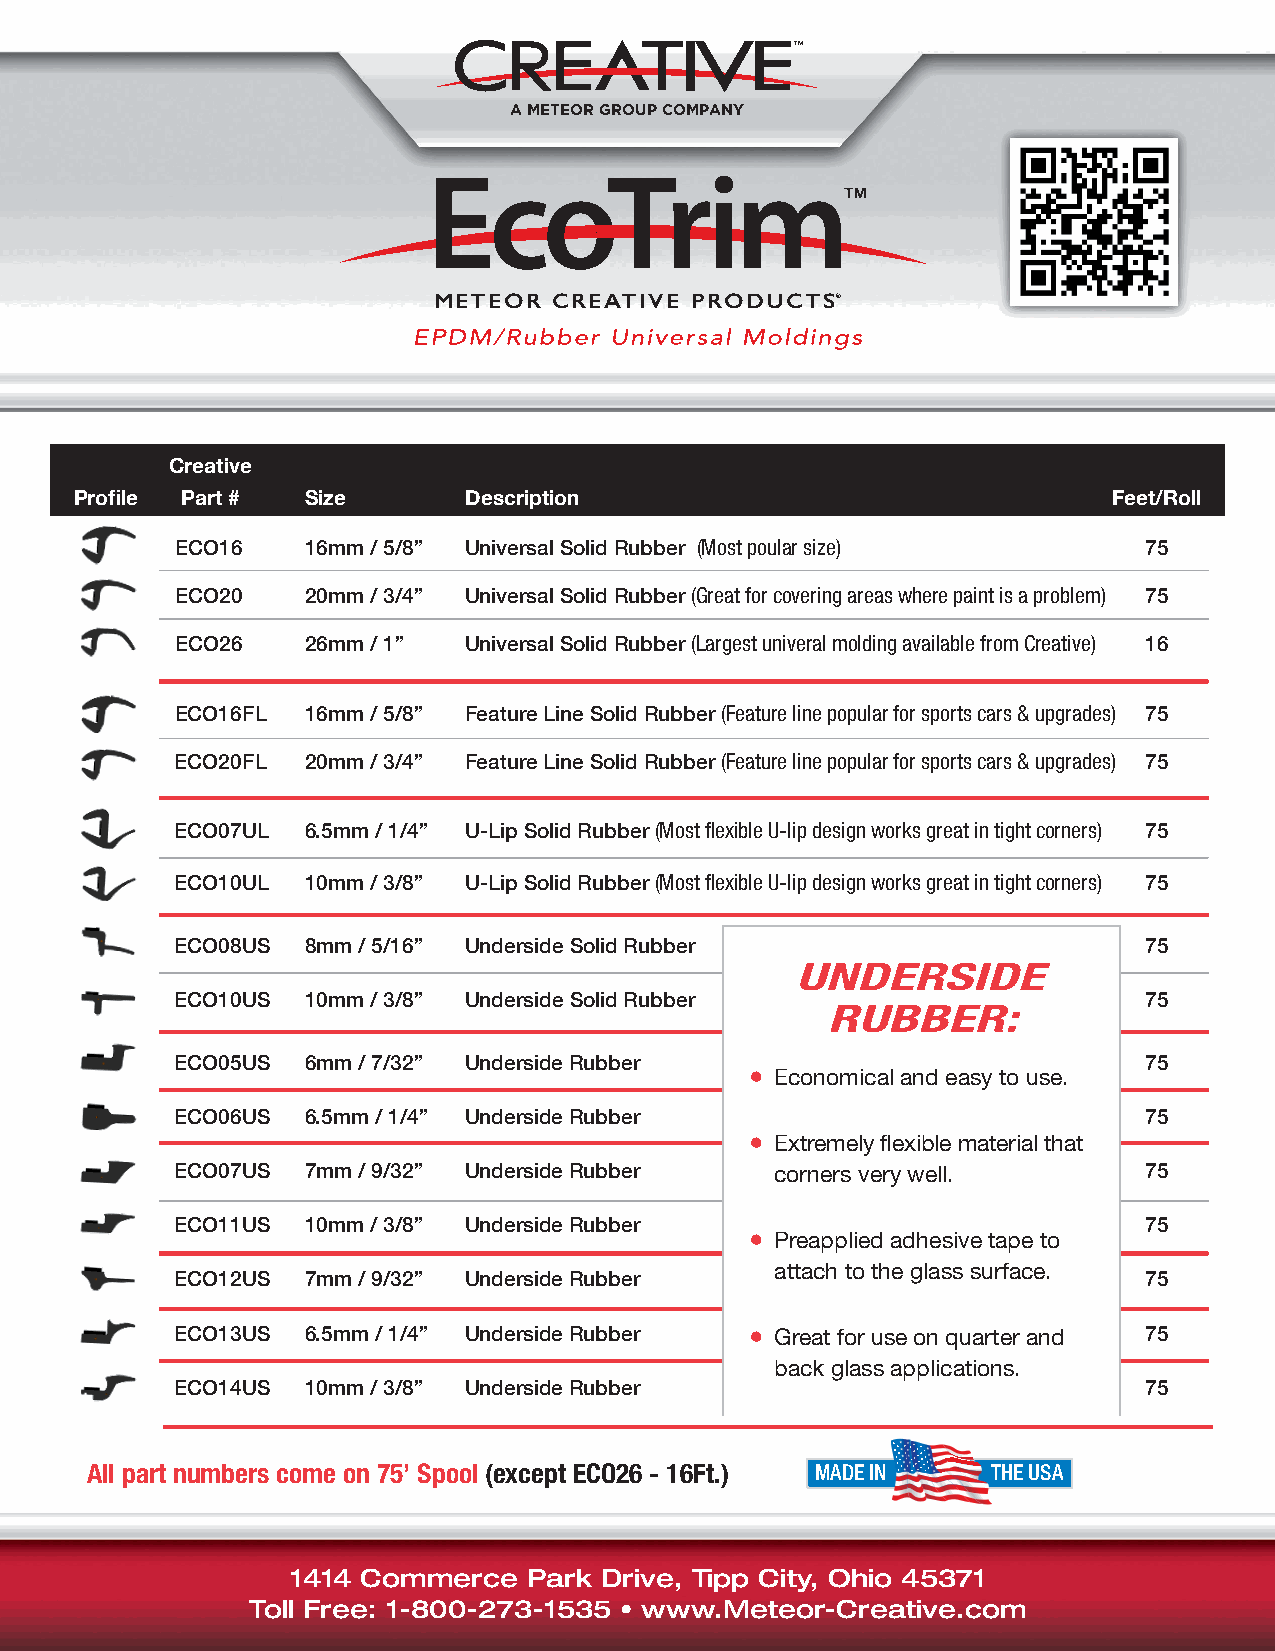
A METEOR GROUP COMPANY
 METEOR  CREATIVE PRODUCTS®
 Creative
 Profile Part # Size       Description                                Feet/Roll
 ECO16   16mm / 5/8” Universal Solid Rubber (Most poular size)   75
 ECO20   20mm / 3/4” Universal Solid Rubber (Great for covering areas where paint is a problem) 75
 ECO26   26mm / 1”  Universal Solid Rubber (Largest univeral molding available from Creative) 16
 ECO16FL 16mm / 5/8” Feature Line Solid Rubber (Feature line popular for sports cars & upgrades) 75
 ECO20FL 20mm / 3/4” Feature Line Solid Rubber (Feature line popular for sports cars & upgrades) 75
 ECO07UL 6.5mm / 1/4” U-Lip Solid Rubber (Most flexible U-lip design works great in tight corners) 75
 ECO10UL 10mm / 3/8” U-Lip Solid Rubber (Most flexible U-lip design works great in tight corners) 75
 ECO08US 8mm / 5/16” Underside Solid Rubber                      75
 UNDERSIDE
 ECO10US 10mm / 3/8” Underside Solid Rubber                      75
 RUBBER:
 ECO05US 6mm / 7/32” Underside Rubber                            75
 • Economical and easy to use.
 ECO06US 6.5mm / 1/4” Underside Rubber                           75
 • Extremely flexible material that
 ECO07US 7mm / 9/32” Underside Rubber   corners very well.       75
 ECO11US 10mm / 3/8” Underside Rubber                            75
 • Preapplied adhesive tape to
 attach to the glass surface.
 ECO12US 7mm / 9/32” Underside Rubber                            75
 ECO13US 6.5mm / 1/4” Underside Rubber • Great for use on quarter and 75
 back glass applications.
 ECO14US 10mm / 3/8” Underside Rubber                            75
 All part numbers come on 75’ Spool (except ECO26 - 16Ft.) MADE IN THE USA
 1414 Commerce   Park Drive, Tipp City, Ohio 45371
 Toll Free: 1-800-273-1535 • www.Meteor-Creative.com